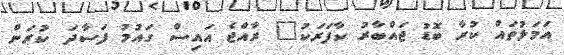
އަމަލުތައް ކުރާ ބޮޑު ޖައްބާރު ކާފަރަކު" ރާއްޖެ އައިސް ގައުމު ފަސާދަ ކުރަން